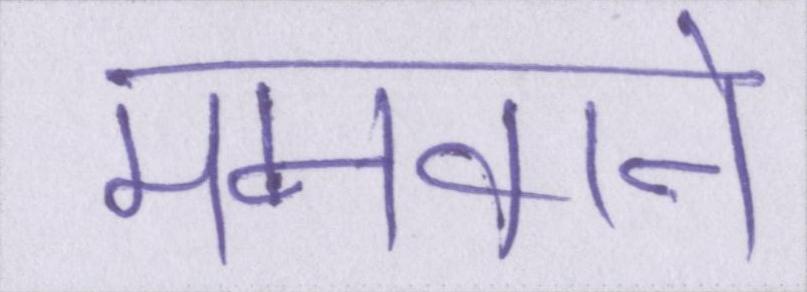
मनवाने